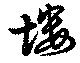
塿